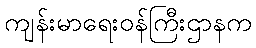
ကျန်းမာရေးဝန်ကြီးဌာနက